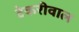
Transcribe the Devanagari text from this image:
टेकरीवाल